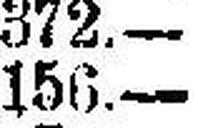
156.—